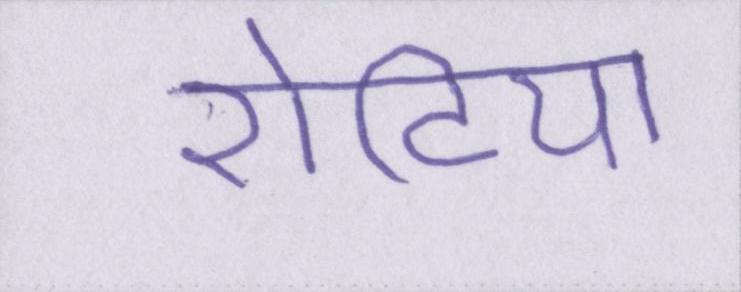
रोटियों